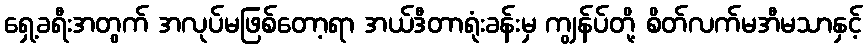
ရှေ့ခရီးအတွက် အလုပ်မဖြစ်တော့ရာ အယ်ဒီတာရုံးခန်းမှ ကျွန်ပ်တို့ စိတ်လက်မအီမသာနှင့်